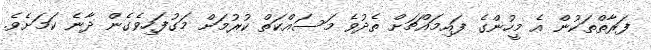
ފަރާތްތަކުން އެ މީހުންގެ ފައިމައްޗަށް ތެދުވެ މަސައްކަތް ކުރުމަށް މަގުފަހިވެގެން ދާނެ ކަމަށެވެ.